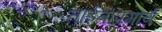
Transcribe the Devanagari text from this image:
ताईताप्रमाणे